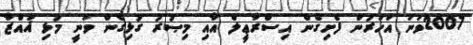
2007ވަނަ އަހަރުން ފެށިގެން އިސްރާޢީލް އާއި މިޞުރު ގުޅިގެން ވަނީ މުޅި ޣައްޒާ